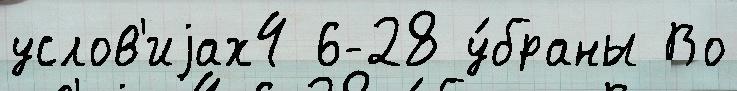
услов'иjах4 6-28 у́браны Во